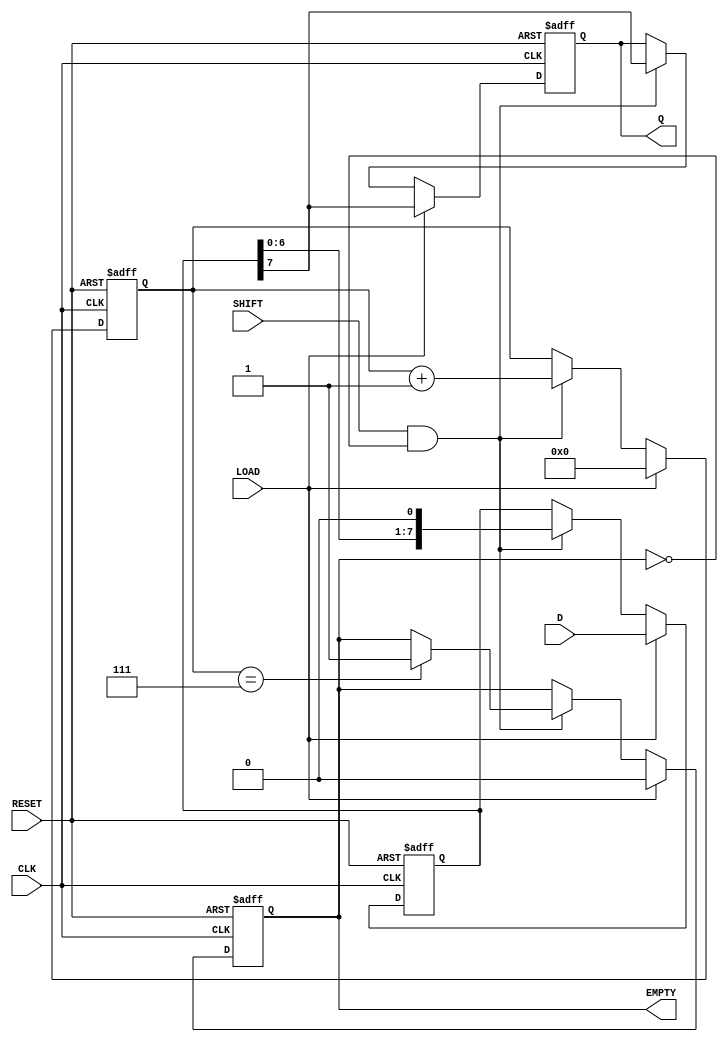
module PISO_Register #(parameter n = 8) (
    input wire [n-1:0] D,        // Parallel Data Input
    input wire LOAD,              // Load Signal
    input wire CLK,               // Clock Signal
    input wire SHIFT,             // Shift Signal
    input wire RESET,             // Reset Signal
    output reg Q,                 // Serial Output
    output reg EMPTY              // Empty Signal
);

    reg [n-1:0] SR;              // Shift Register
    reg [3:0] shift_count;       // Count of shifted bits

    always @(posedge CLK or posedge RESET) begin
        if (RESET) begin
            SR <= 0;              // Clear the shift register on reset
            Q <= 0;               // Clear serial output
            EMPTY <= 1;           // Register is empty
            shift_count <= 0;     // Reset shift count
        end else begin
            if (LOAD) begin
                SR <= D;          // Load parallel data into shift register
                Q <= SR[n-1];     // Output the MSB initially
                EMPTY <= 0;       // Register is not empty
                shift_count <= 0;  // Reset shift count
            end else if (SHIFT && !EMPTY) begin
                Q <= SR[n-1];     // Output the MSB
                SR <= {SR[n-2:0], 1'b0}; // Shift right by one (MSB out)
                shift_count <= shift_count + 1; // Increment shift count
                
                // Check if register is empty after shifting
                if (shift_count == n-1) begin
                    EMPTY <= 1;     // Register is empty after last shift
                end
            end
        end
    end

endmodule